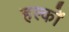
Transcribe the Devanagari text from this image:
हल्कों